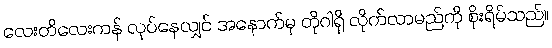
လေးတိလေးကန် လုပ်နေလျှင် အနောက်မှ တိုဂါရှိ လိုက်လာမည်ကို စိုးရိမ်သည်။